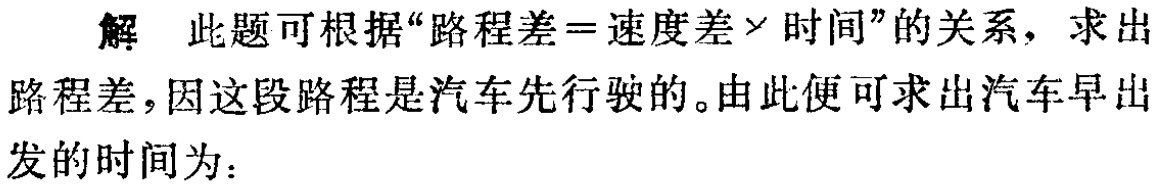
解 此题可根据“路程差=速度差×时间”的关系，求出路程差，因这段路程是汽车先行驶的。由此便可求出汽车早出发的时间为：